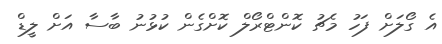
އެ ގޯލަށް ފަހު މެޗު ކޮންޓްރޯލް ކޮށްގެން ކުޅުނު ބާސާ އަށް ލީޑް